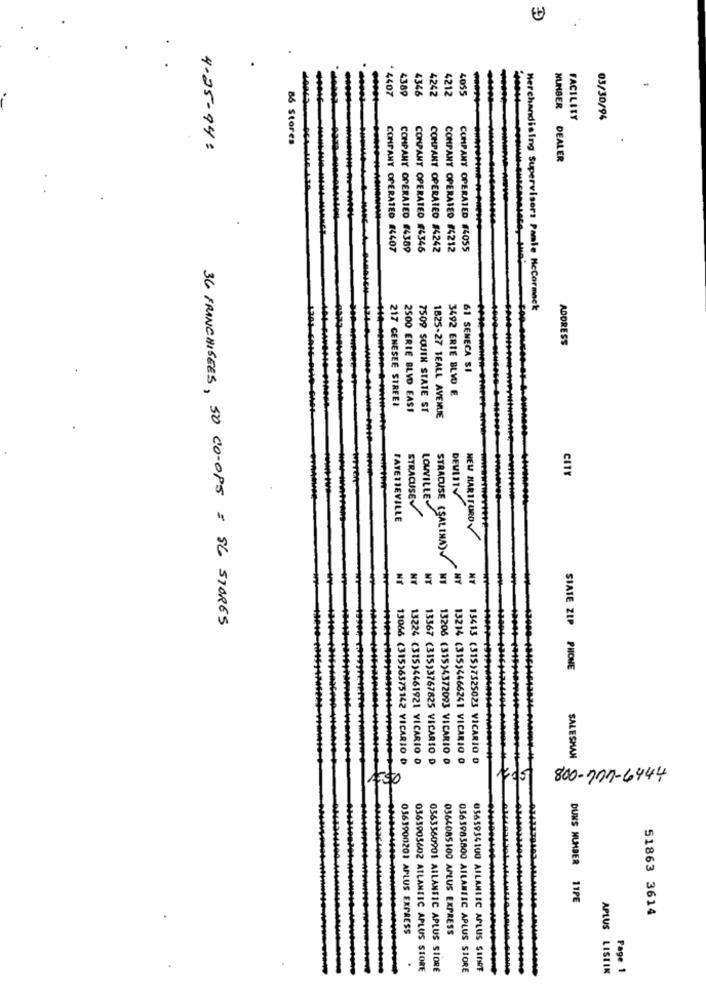
.
.
4407
4055
4389
4346
4242
4212
FACILITY
03/30/94
86 Stores
4-25-94 :
NUMBER DEALER
COMPANY OPERATED #4407
COMPANY OPERATED #4389
COMPANY OPERATED £4346
COMPANY OPERATED #4242
COMPANY OPERATED #4212
COMPANY OPERATED #4055
Merchandising Supervisor: Panle Mccormack
ADORESS
61 SENECA SI
217 GENESEE SIREEI
3492 ERTE BLVD E
2500 ERIE BLVD EAST
7509 SOUTH STATE ST
1825-27 TEALL AVENUE
CITY
SYRACUSE
LOWVILLE
DEVISI
FAYETTEVILLE
NEW BARITURO
SYRACUSE (SALINA)
NT
NT
NT
NY
36 FRANCHISEES, 50 CO-OP5 = 56 STORES
SIATE ZIP PHONE
13066 (315)63
RIO
13224 (315)4461921 VICARIO 0
13367 (315)3767825 VICARIO D
13206 (315)4372093 VICARIO 0
13214 (315)4466241 VICARIO 0
15413 (315)7525023 VICARIO 0
SALESHAN
1450
1495 800-711-6444
DUNS NUMBER 11PE
51863 3614
0563900201 APLUS EXPRESS
0364085100 APLUS EXPRESS
0363905602 ATLANTIC APLUS STORE
0563360901 AILANTIC APLUS STORE
0363985800 AILAMISC APLUS STORE
0565934100 AILANIEC APLUS SINET
APLUS LISTIK
Page 1